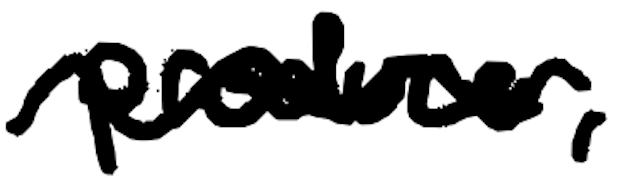
Text: producer,
Cross-out: wave
Writing tool: digital_black